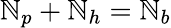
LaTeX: \mathbb{N}_{p}+\mathbb{N}_{h}=\mathbb{N}_{b}